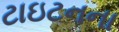
ટાઇટનના